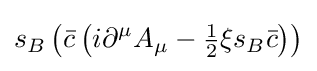
s_{B}\left({\bar {c}}\left(i\partial ^{\mu }A_{\mu }-{\tfrac {1}{2}}\xi s_{B}{\bar {c}}\right)\right)